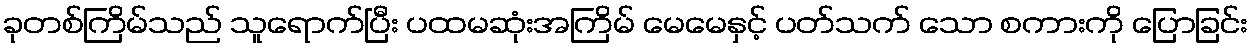
ခုတစ်ကြိမ်သည် သူရောက်ပြီး ပထမဆုံးအကြိမ် မေမေနှင့် ပတ်သက် သော စကားကို ပြောခြင်း